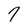
Character: 7